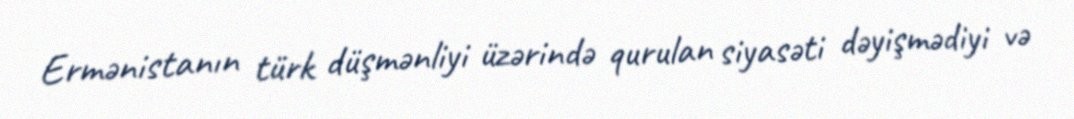
Ermənistanın türk düşmənliyi üzərində qurulan siyasəti dəyişmədiyi və